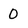
Character: 0